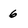
Character: 6